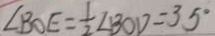
\angle B O E = \frac { 1 } { 2 } \angle B O D = 3 5 ^ { \circ }